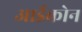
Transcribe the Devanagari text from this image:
आईकोन